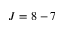
J = 8 - 7